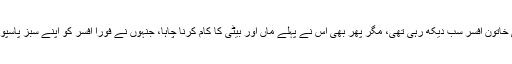
کاؤنٹر پر بیٹھی خاتون افسر سب دیکھ رہی تھی، مگر پھر بھی اس نے پہلے ماں اور بیٹی کا کام کرنا چاہا، جنہوں نے فوراً افسر کو اپنے سبز پاسپورٹس تھما دیے۔